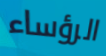
الرؤساء